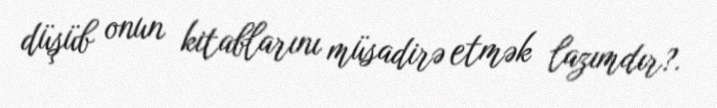
düşüb onun kitablarını müsadirə etmək lazımdır?.